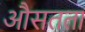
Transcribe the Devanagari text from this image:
औसतता